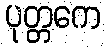
ပုတ္တကေ